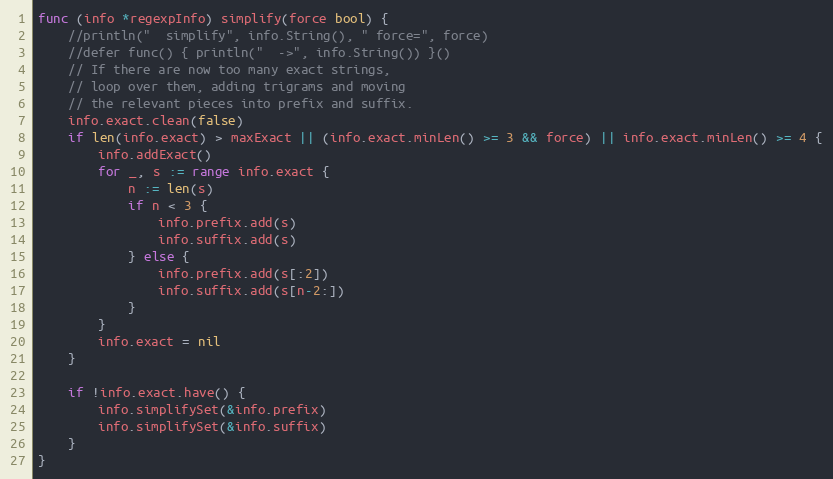
Language: Go
func (info *regexpInfo) simplify(force bool) {
	//println("  simplify", info.String(), " force=", force)
	//defer func() { println("  ->", info.String()) }()
	// If there are now too many exact strings,
	// loop over them, adding trigrams and moving
	// the relevant pieces into prefix and suffix.
	info.exact.clean(false)
	if len(info.exact) > maxExact || (info.exact.minLen() >= 3 && force) || info.exact.minLen() >= 4 {
		info.addExact()
		for _, s := range info.exact {
			n := len(s)
			if n < 3 {
				info.prefix.add(s)
				info.suffix.add(s)
			} else {
				info.prefix.add(s[:2])
				info.suffix.add(s[n-2:])
			}
		}
		info.exact = nil
	}

	if !info.exact.have() {
		info.simplifySet(&info.prefix)
		info.simplifySet(&info.suffix)
	}
}